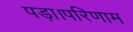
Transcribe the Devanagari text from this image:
पड़ा।परिणाम